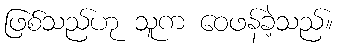
ဖြစ်သည်ဟု သူက ဝေဖန်ခဲ့သည်။